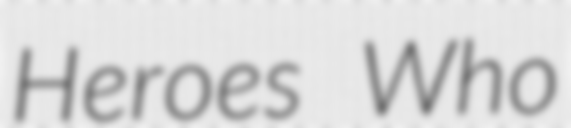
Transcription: Heroes Who